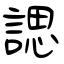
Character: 諰